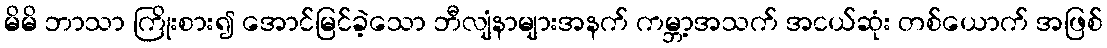
မိမိ ဘာသာ ကြိုးစား၍ အောင်မြင်ခဲ့သော ဘီလျံနာများအနက် ကမ္ဘာ့အသက် အငယ်ဆုံး တစ်ယောက် အဖြစ်